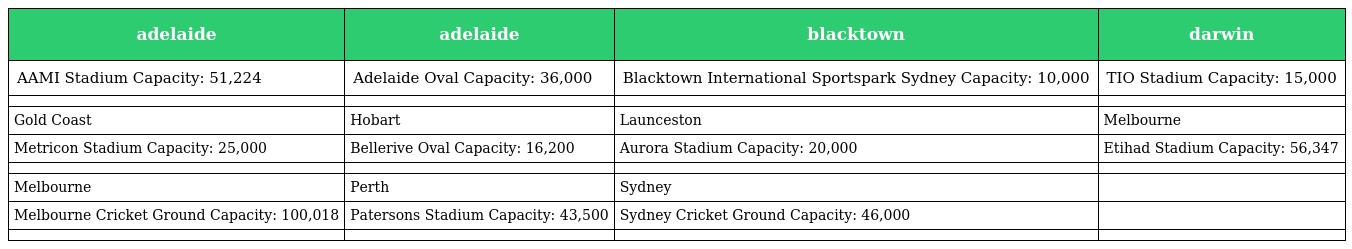
| adelaide | adelaide | blacktown | darwin |
 | --- | --- | --- | --- |
 | AAMI Stadium Capacity: 51,224 | Adelaide Oval Capacity: 36,000 | Blacktown International Sportspark Sydney Capacity: 10,000 | TIO Stadium Capacity: 15,000 |
 |  |  |  |  |
 | Gold Coast | Hobart | Launceston | Melbourne |
 | Metricon Stadium Capacity: 25,000 | Bellerive Oval Capacity: 16,200 | Aurora Stadium Capacity: 20,000 | Etihad Stadium Capacity: 56,347 |
 |  |  |  |  |
 | Melbourne | Perth | Sydney |  |
 | Melbourne Cricket Ground Capacity: 100,018 | Patersons Stadium Capacity: 43,500 | Sydney Cricket Ground Capacity: 46,000 |  |
 |  |  |  |  |